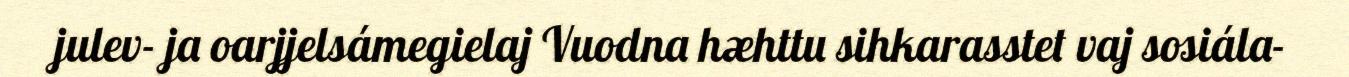
julev- ja oarjjelsámegielaj Vuodna hæhttu sihkarasstet vaj sosiála-